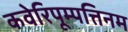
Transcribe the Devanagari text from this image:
कवेरिपूम्पत्तिनम